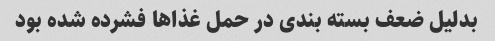
بدلیل ضعف بسته بندی در حمل غذاها فشرده شده بود